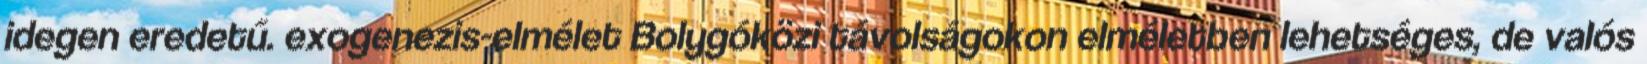
idegen eredetű. exogenezis-elmélet Bolygóközi távolságokon elméletben lehetséges, de valós